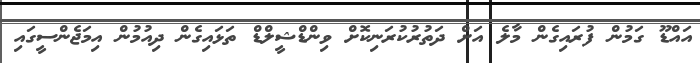
އައްޑޫ ގަމުން ފުރައިގެން މާލެ އަށް ދަތުރުކުރަނިކޮށް ވިންޑްޝީލްޑް ތަޅައިގެން ދިއުމުން އިމަޖެންސީގައި